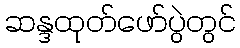
ဆန္ဒထုတ်ဖော်ပွဲတွင်